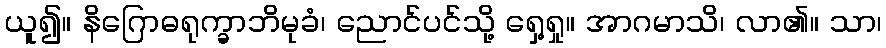
ယူ၍။ နိဂြောဓရုက္ခာဘိမုခံ၊ ညောင်ပင်သို့ ရှေ့ရှု။ အာဂမာသိ၊ လာ၏။ သာ၊